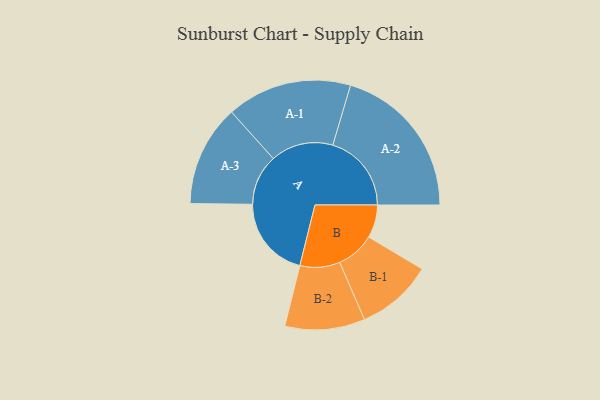
{"axis": {"x": "Segment", "y": "Value"}, "legend": ["", "A", "B"], "data": [{"x": "A", "y": 291, "type": ""}, {"x": "B", "y": 117, "type": ""}, {"x": "A-1", "y": 222, "type": "A"}, {"x": "A-2", "y": 279, "type": "A"}, {"x": "A-3", "y": 180, "type": "A"}, {"x": "B-1", "y": 136, "type": "B"}, {"x": "B-2", "y": 142, "type": "B"}]}